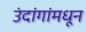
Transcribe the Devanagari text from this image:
उंदांगांमधून